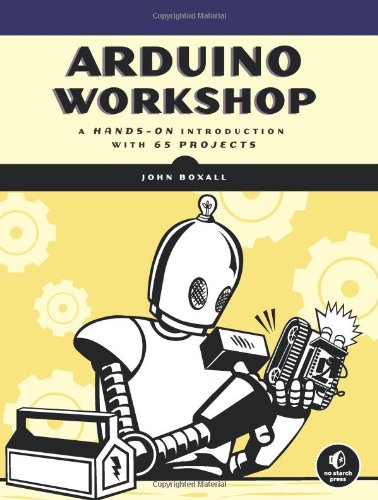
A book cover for Arduino Workshop: A Hands-On Introduction with 65 Projects; John Boxall; Engineering & Transportation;